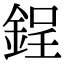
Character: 鋥